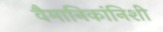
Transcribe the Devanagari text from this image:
वैमानिकांनिशी